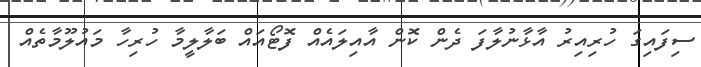
ސިފައިގަ ހުރިއިރު އާޅާނުލާފަ ދެން ކޮން އާއިލައެއް ފޮޓޯއައް ބަލާލީމާ ހުރިހާ މައުލޫމާތެއް